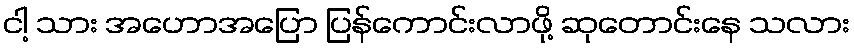
ငါ့ သား အဟောအပြော ပြန်ကောင်းလာဖို့ ဆုတောင်းနေ သလား